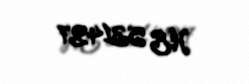
HE 531427